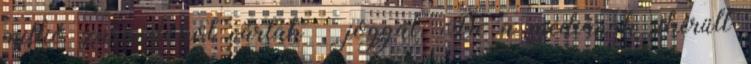
millió zarándokot vártak – joggal. De a médiának sikerült